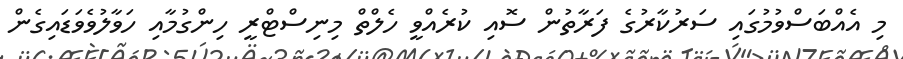
މި އެއްބަސްވުމުގައި ސަރުކާރުގެ ފަރާތުން ސޮއި ކުރެއްވީ ހެލްތް މިނިސްޓްރީ ހިންގުމާއި ހަވާލުވެވަޑައިގެން